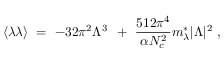
\langle \lambda \lambda \rangle ~ = ~ - 3 2 \pi ^ { 2 } \Lambda ^ { 3 } \, ~ + ~ \frac { 5 1 2 \pi ^ { 4 } } { \alpha N _ { c } ^ { 2 } } m _ { \lambda } ^ { * } | \Lambda | ^ { 2 } ~ ,